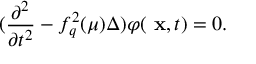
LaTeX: ( \frac { \partial ^ { 2 } } { \partial t ^ { 2 } } - f _ { q } ^ { 2 } ( \mu ) \Delta ) \varphi ( \mathrm { \bf ~ x } , t ) = 0 .